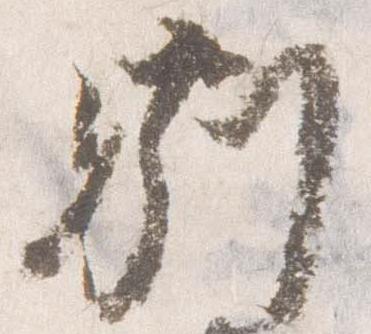
別